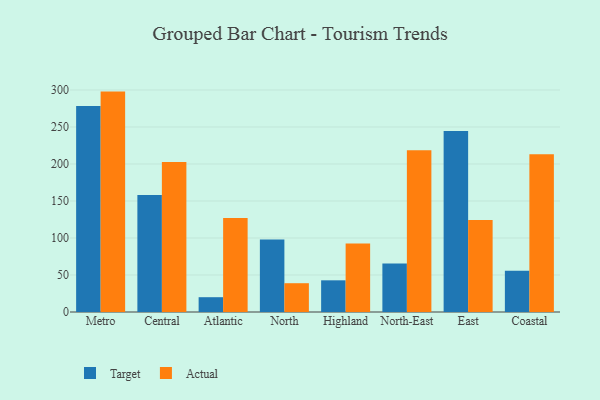
{"axis": {"x": "Region", "y": "Demand Index"}, "legend": ["Actual", "Target"], "data": [{"x": "Metro", "y": 278.2, "type": "Target"}, {"x": "Metro", "y": 297.8, "type": "Actual"}, {"x": "Central", "y": 158.0, "type": "Target"}, {"x": "Central", "y": 202.7, "type": "Actual"}, {"x": "Atlantic", "y": 20.0, "type": "Target"}, {"x": "Atlantic", "y": 126.9, "type": "Actual"}, {"x": "North", "y": 98.0, "type": "Target"}, {"x": "North", "y": 38.9, "type": "Actual"}, {"x": "Highland", "y": 42.8, "type": "Target"}, {"x": "Highland", "y": 92.4, "type": "Actual"}, {"x": "North-East", "y": 65.4, "type": "Target"}, {"x": "North-East", "y": 218.5, "type": "Actual"}, {"x": "East", "y": 244.6, "type": "Target"}, {"x": "East", "y": 124.3, "type": "Actual"}, {"x": "Coastal", "y": 55.7, "type": "Target"}, {"x": "Coastal", "y": 213.0, "type": "Actual"}]}